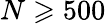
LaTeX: N\geqslant 500